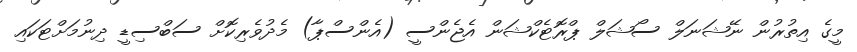
މީގެ އިތުރުން ނޭޝަނަލް ސޯޝަލް ޕްރޮޓެކްޝަން އެޖެންސީ (އެންސްޕާ) މެދުވެރިކޮށް ސަބްސިޑީ ދިނުމަށްޓަކައި